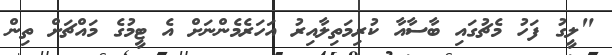
"ލީގު ފަހު މެޗުގައި ބާސާއާ ކުރިމަތިލާއިރު އަހަރެމެންނަށް އެ ޓީމުގެ މައްޗަށް ތިން